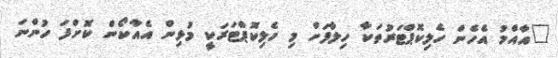
"އާއްމު އެހެން ހެލިކޮޕްޓަރުތަކާ ހިލާފަށް މި ހެލިކޮޕްޓަރަކީ މުޅިން އެއާކޯން ކޮށްފަ ހުންނަ